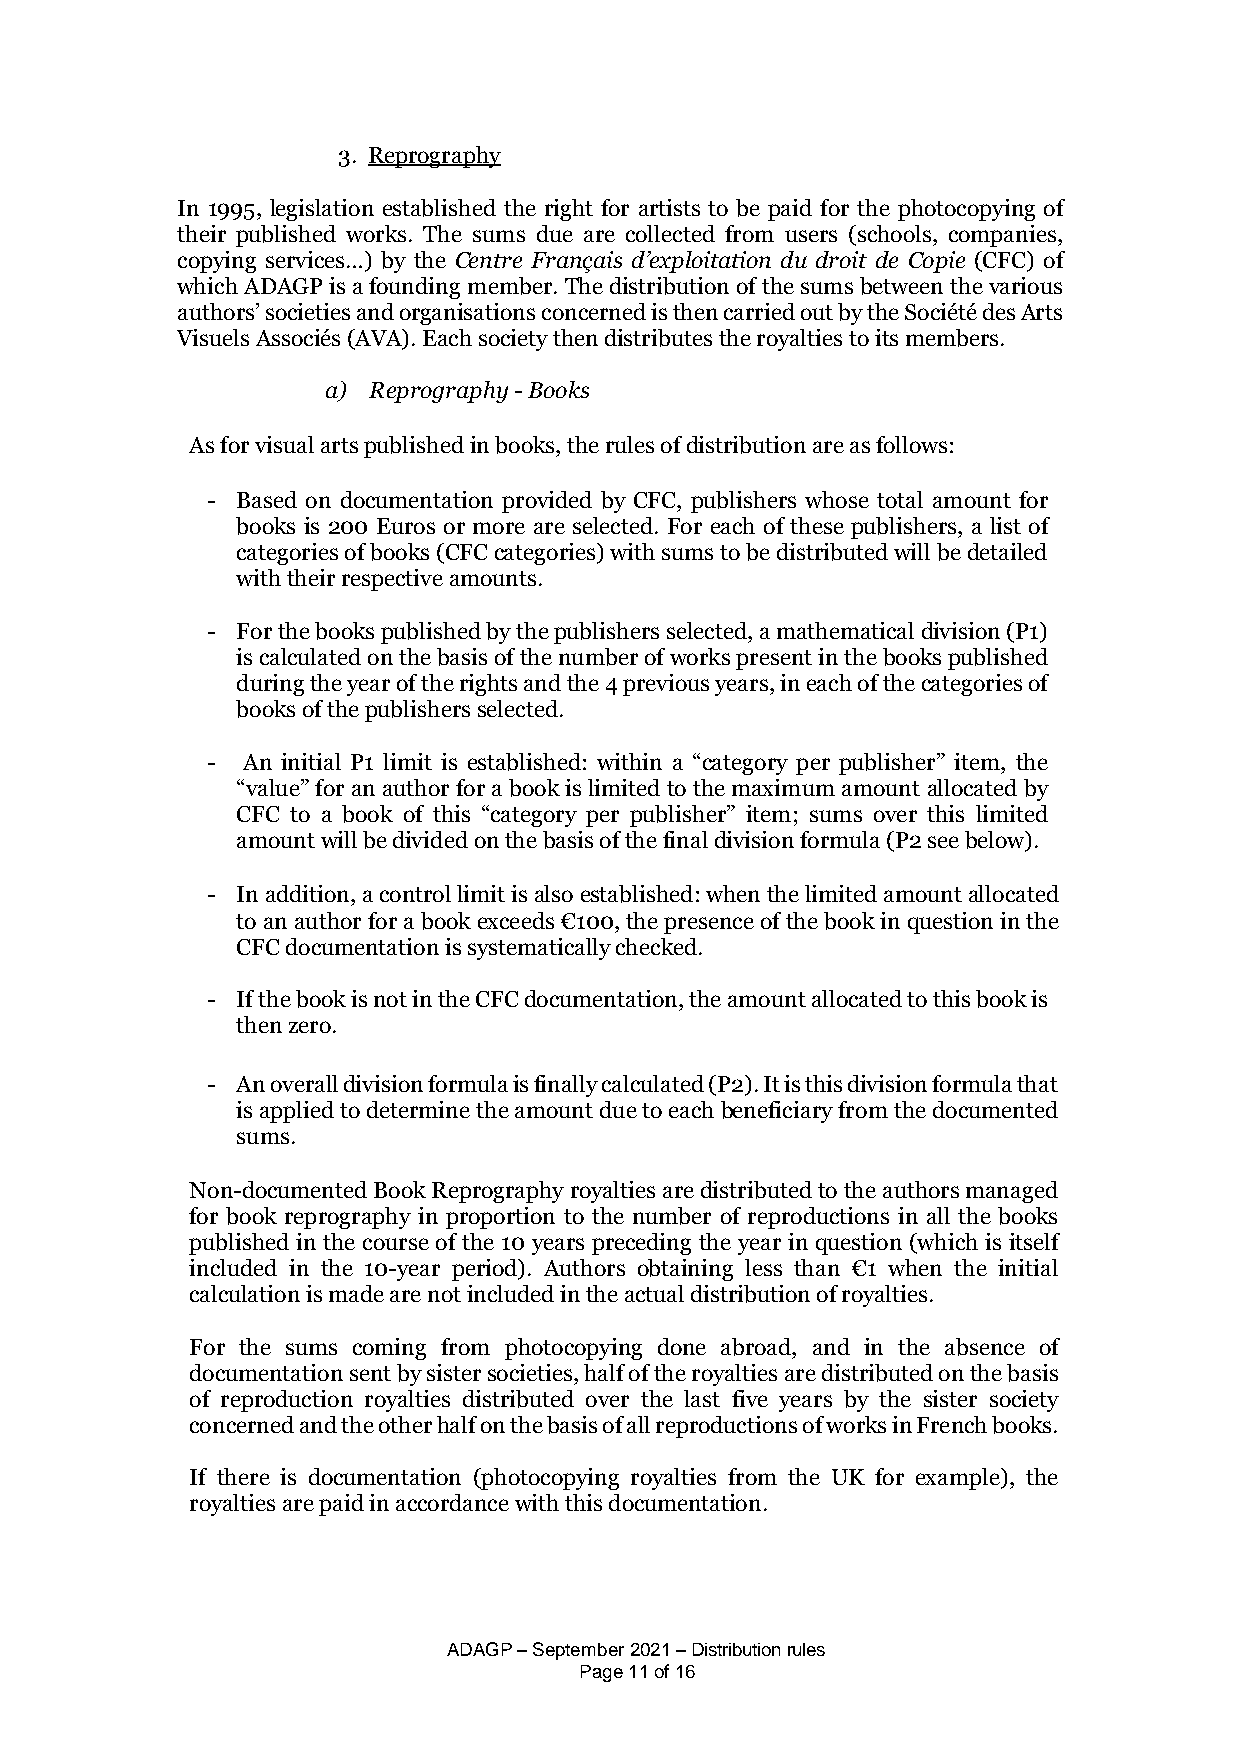
3. Reprography
 In 1995, legislation established the right for artists to be paid for the photocopying of
 their published works. The sums due are collected from users (schools, companies,
 copying services…) by the Centre Français d’exploitation du droit de Copie (CFC) of
 which ADAGP is a founding member. The distribution of the sums between the various
 authors’ societies and organisations concerned is then carried out by the Société des Arts
 Visuels Associés (AVA). Each society then distributes the royalties to its members.
 a) Reprography - Books
 As for visual arts published in books, the rules of distribution are as follows:
 - Based on documentation provided by CFC, publishers whose total amount for
 books is 200 Euros or more are selected. For each of these publishers, a list of
 categories of books (CFC categories) with sums to be distributed will be detailed
 with their respective amounts.
 - For the books published by the publishers selected, a mathematical division (P1)
 is calculated on the basis of the number of works present in the books published
 during the year of the rights and the 4 previous years, in each of the categories of
 books of the publishers selected.
 - An initial P1 limit is established: within a “category per publisher” item, the
 “value” for an author for a book is limited to the maximum amount allocated by
 CFC to a book of this “category per publisher” item; sums over this limited
 amount will be divided on the basis of the final division formula (P2 see below).
 - In addition, a control limit is also established: when the limited amount allocated
 to an author for a book exceeds €100, the presence of the book in question in the
 CFC documentation is systematically checked.
 - If the book is not in the CFC documentation, the amount allocated to this book is
 then zero.
 - An overall division formula is finally calculated (P2). It is this division formula that
 is applied to determine the amount due to each beneficiary from the documented
 sums.
 Non-documented Book Reprography royalties are distributed to the authors managed
 for book reprography in proportion to the number of reproductions in all the books
 published in the course of the 10 years preceding the year in question (which is itself
 included in the 10-year period). Authors obtaining less than €1 when the initial
 calculation is made are not included in the actual distribution of royalties.
 For the sums coming from photocopying done abroad, and in the absence of
 documentation sent by sister societies, half of the royalties are distributed on the basis
 of reproduction royalties distributed over the last five years by the sister society
 concerned and the other half on the basis of all reproductions of works in French books.
 If there is documentation (photocopying royalties from the UK for example), the
 royalties are paid in accordance with this documentation.
 ADAGP – September 2021 – Distribution rules
 Page 11 of 16